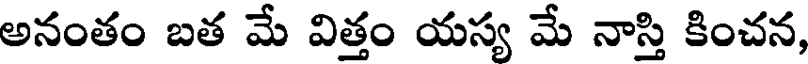
అనంతం బత మే విత్తం యస్య మే నాస్తి కించన,